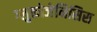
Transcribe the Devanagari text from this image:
ग्लुकोजेनिसिस